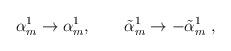
LaTeX: \begin{align*}\alpha_m^{1} \to \alpha_m^{1},\qquad\tilde\alpha_m^{1} \to - \tilde\alpha_m^{1} \ ,\end{align*}